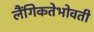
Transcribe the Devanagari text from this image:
लैंगिकतेभोवती